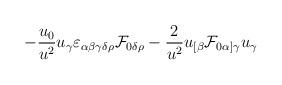
LaTeX: \begin{align*}-{{u_0}\over{u^2}}u_\gamma\varepsilon_{\alpha\beta\gamma\delta\rho}{\cal F}_{0\delta\rho}-{2\over{u^2}} u_{[\beta}{\cal F}_{0\alpha]\gamma}u_\gamma\end{align*}